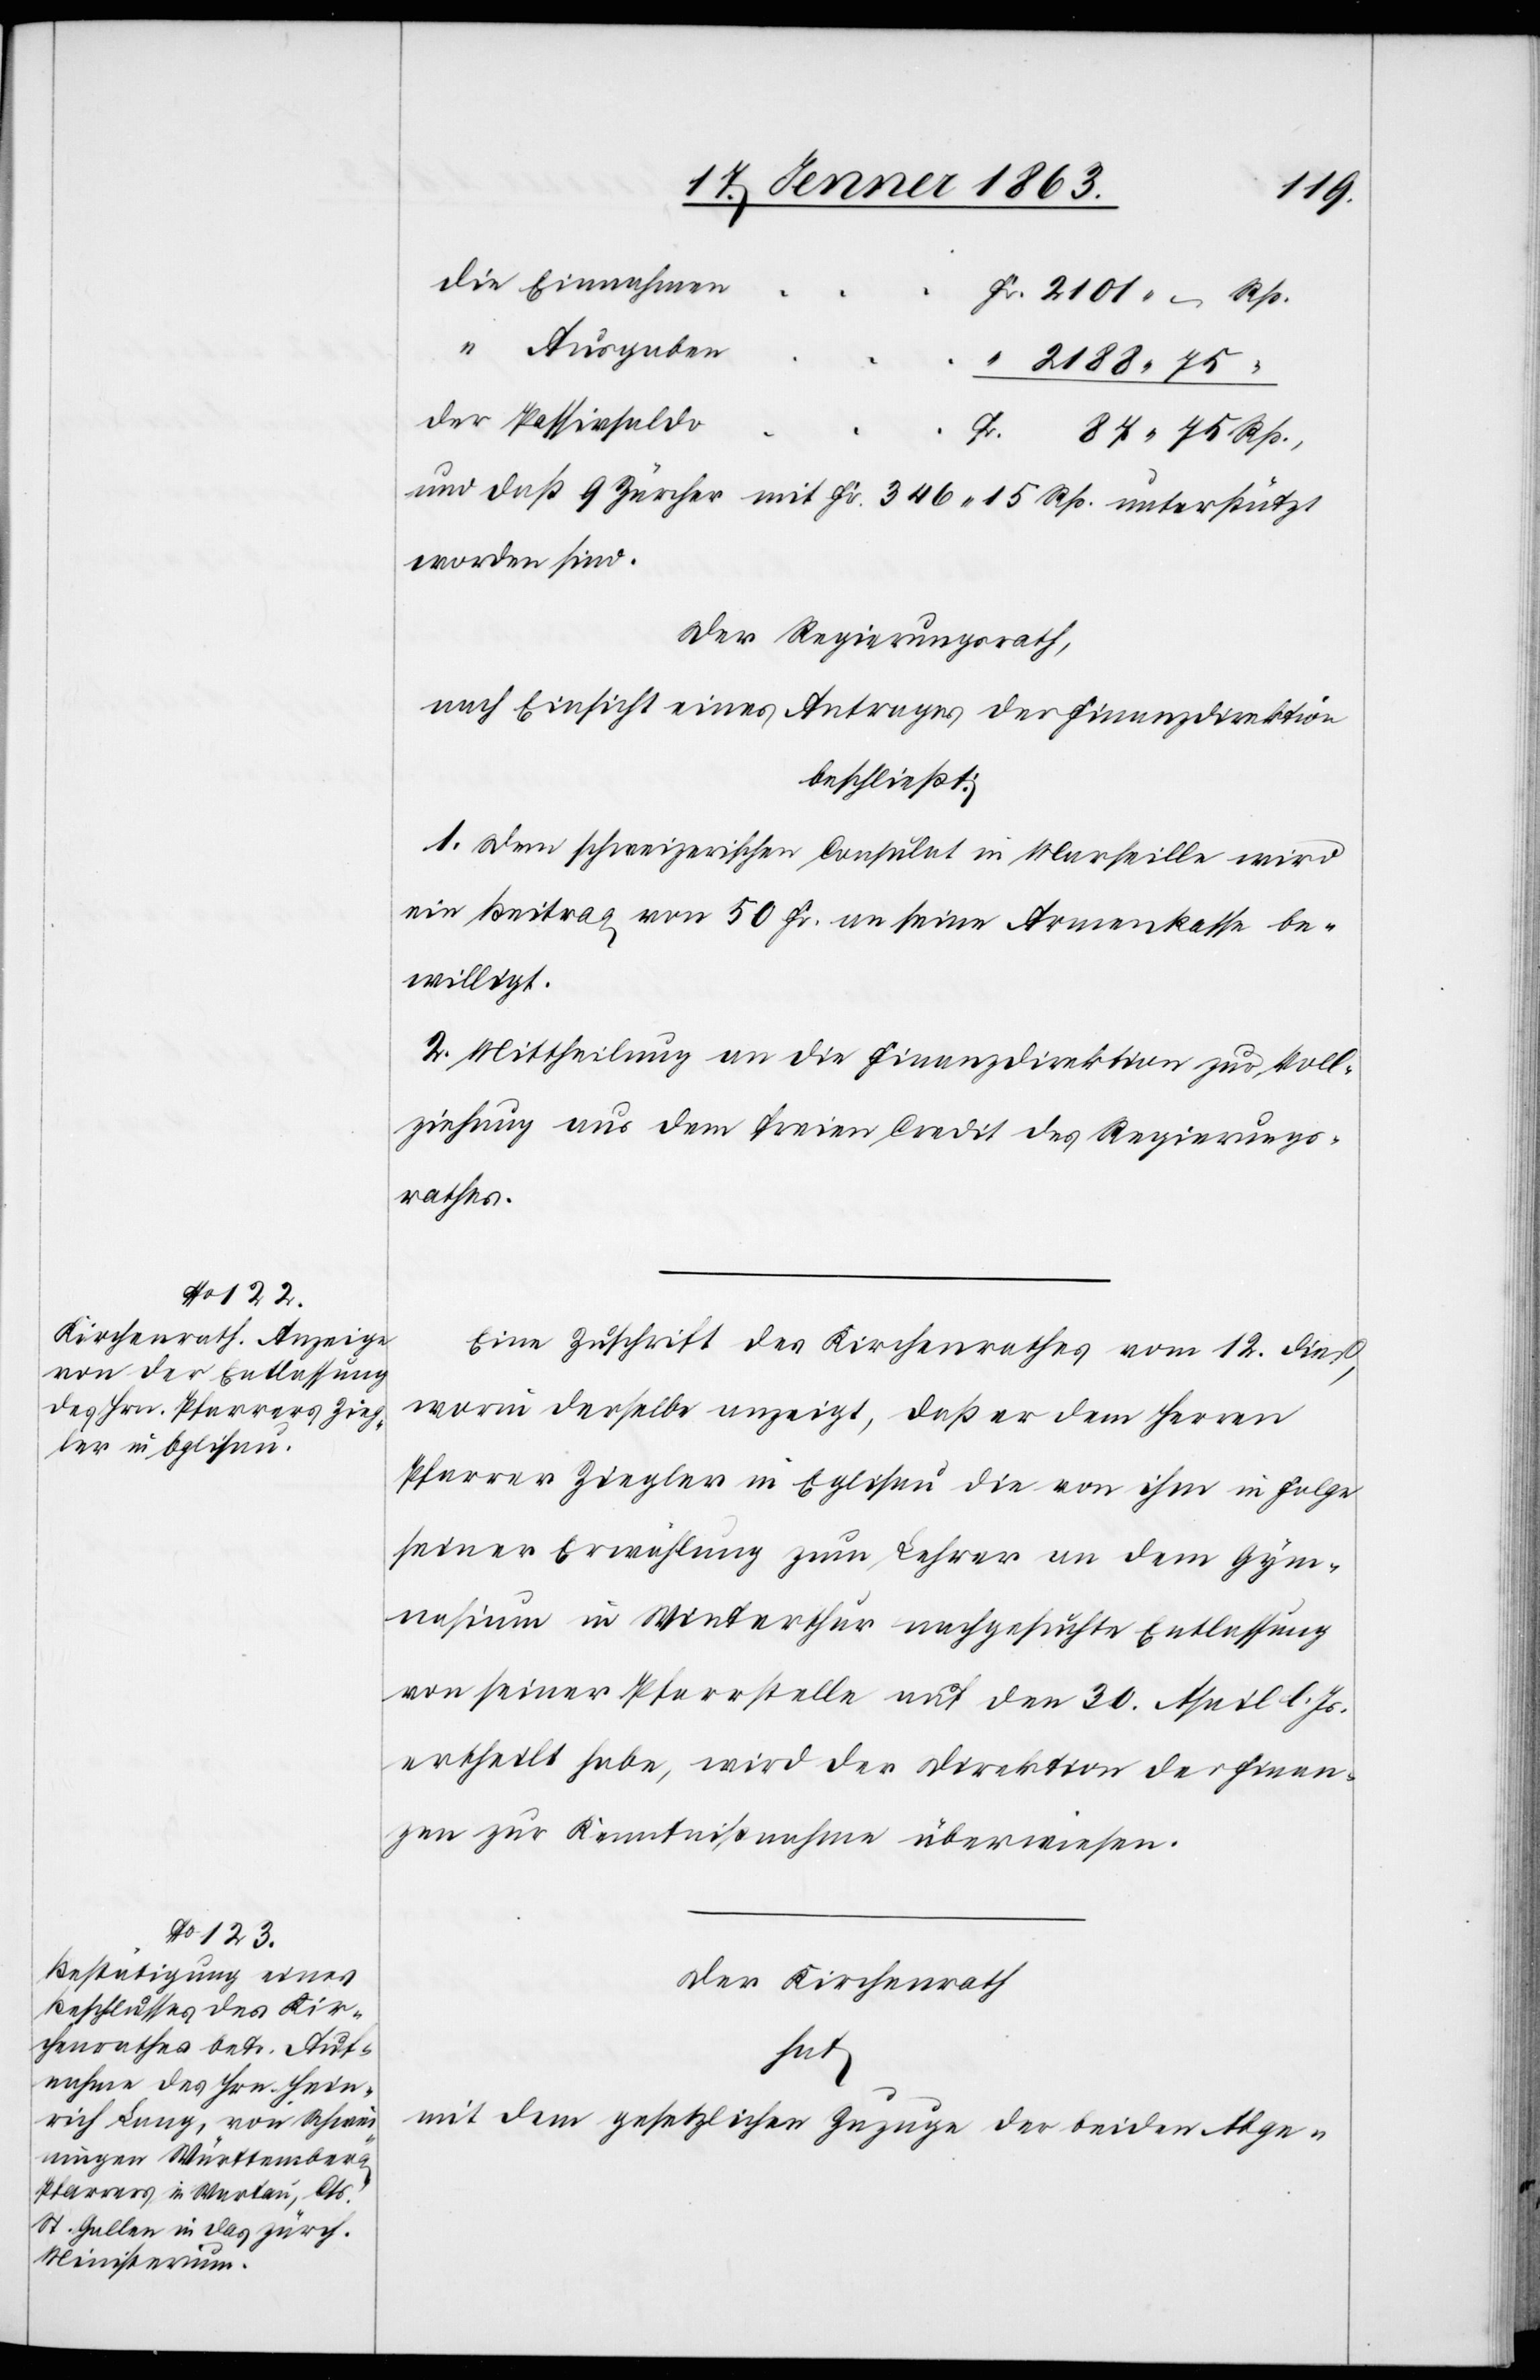
die Einnahme¬
n	Fr. 2101. – Rp.
“ Ausgaben
“ 2188. 75 “
der Passivsald¬
o	Fr. 87. 75 Rp.
und daß 9 Zürcher mit Fr. 346. 15 Rp. unterstützt
worden sind.
Der Regierungsrath,
nach Einsicht eines Antrages der Finanzdirektion
beschließt:
1. Dem schweizerischen Consulat in Marseille wird
ein Beitrag von 50 Fr. an seine Armenkasse be¬
willigt.
2. Mittheilung an die Finanzdirektion zur Voll¬
ziehung aus dem freien Credit des Regierungs¬
rathes.
Eine Zuschrift des Kirchenrathes vom 12. dieß,
worin derselbe anzeigt, daß er dem Herren
Pfarrer Ziegler in Eglisau die von ihm in Folge
seiner Erwählung zum Lehrer an dem Gym¬
nasium in Winterthur nachgesuchte Entlassung
von seiner Pfarrstelle auf den 30. April l. Js.
ertheilt habe, wird der Direktion der Finan¬
zen zur Kenntnißnahme überwiesen.
Der Kirchenrath
hat
mit dem gesetzlichen Zuzuge der beiden Abge-